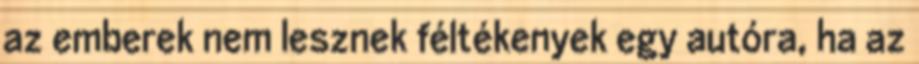
az emberek nem lesznek féltékenyek egy autóra, ha az